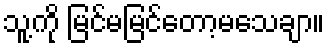
သူ့ကို မြင်မမြင်တော့မသေချာ။